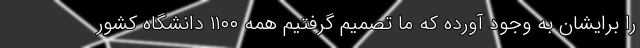
را برایشان به وجود آورده که ما تصمیم گرفتیم همه ۱۱۰۰ دانشگاه کشور